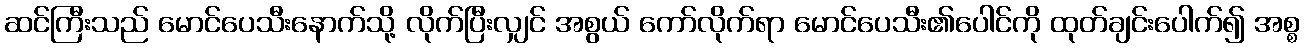
ဆင်ကြီးသည် မောင်ပေသီးနောက်သို့ လိုက်ပြီးလျှင် အစွယ် ကော်လိုက်ရာ မောင်ပေသီး၏ပေါင်ကို ထုတ်ချင်းပေါက်၍ အစ္စ